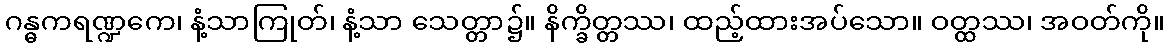
ဂန္ဓကရဏ္ဍကေ၊ နံ့သာကြုတ်၊ နံ့သာ သေတ္တာ၌။ နိက္ခိတ္တဿ၊ ထည့်ထားအပ်သော။ ဝတ္ထဿ၊ အဝတ်ကို။